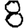
Digit: 8